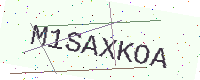
Text: M1SAXKOA